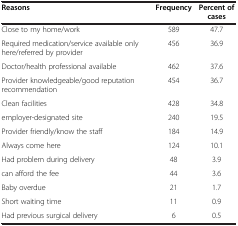
<table><thead><tr><td><b>Reasons</b></td><td><b>Frequency</b></td><td><b>Percent of cases</b></td></tr></thead><tbody><tr><td>Close to my home/work</td><td>589</td><td>47.7</td></tr><tr><td>Required medication/service available only here/referred by provider</td><td>456</td><td>36.9</td></tr><tr><td>Doctor/health professional available</td><td>462</td><td>37.6</td></tr><tr><td>Provider knowledgeable/good reputation recommendation</td><td>454</td><td>36.7</td></tr><tr><td>Clean facilities</td><td>428</td><td>34.8</td></tr><tr><td>employer-designated site</td><td>240</td><td>19.5</td></tr><tr><td>Provider friendly/know the staff</td><td>184</td><td>14.9</td></tr><tr><td>Always come here</td><td>124</td><td>10.1</td></tr><tr><td>Had problem during delivery</td><td>48</td><td>3.9</td></tr><tr><td>can afford the fee</td><td>44</td><td>3.6</td></tr><tr><td>Baby overdue</td><td>21</td><td>1.7</td></tr><tr><td>Short waiting time</td><td>11</td><td>0.9</td></tr><tr><td>Had previous surgical delivery</td><td>6</td><td>0.5</td></tr></tbody></table>